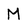
Character: M